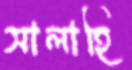
সালাহি